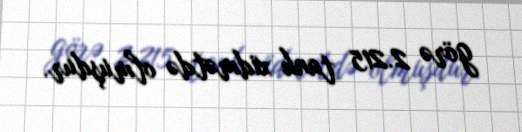
görə 2.215 tank xidmətdə olmuşdur.